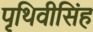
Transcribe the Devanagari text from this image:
पृथिवीसिंह